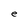
Character: e